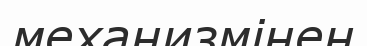
механизмінен